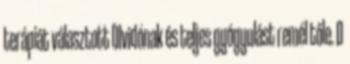
terápiát választott Olvidónak és teljes gyógyulást remél tőle. D